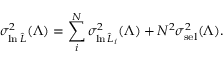
\sigma _ { \ln \hat { \cal L } } ^ { 2 } ( \Lambda ) = \sum _ { i } ^ { N } \sigma _ { \ln \hat { \cal L } _ { i } } ^ { 2 } ( \Lambda ) + N ^ { 2 } \sigma _ { \mathrm { s e l } } ^ { 2 } ( \Lambda ) .